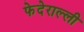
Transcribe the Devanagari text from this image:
फेदेराल्ली